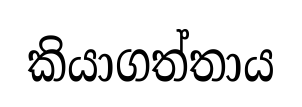
කියාගත්තාය